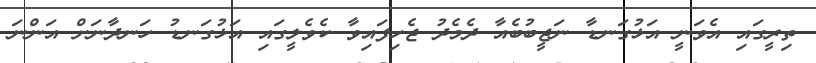
ތިރީގައި އެވަނީ އަޅުގަނޑާ ނަޖީބުބެއާ ދެމެދު ޖެހިފައިވާ ކެވެލީގައި އަޅުގަނޑު ހަނދާނަށް އަންނަ